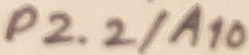
Text: P2.2/A10